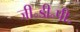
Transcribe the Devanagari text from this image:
जी॰डी॰पी॰